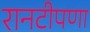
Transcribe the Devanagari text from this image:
रानटीपणा